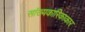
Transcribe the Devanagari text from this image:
सांख्यकारिकाकार